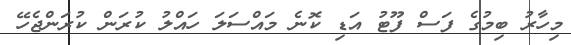
މިހާރު ބިމުގެ ފަސް ފޫޓު އަޑި ކޮނެ މައްސަލަ ހައްލު ކުރަން ކުރަންޖެހޭ